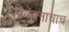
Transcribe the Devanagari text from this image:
विवेचनाचाच